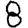
Digit: 8